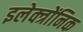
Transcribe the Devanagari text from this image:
इलेक्त्रोंनिक